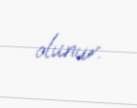
olunur.